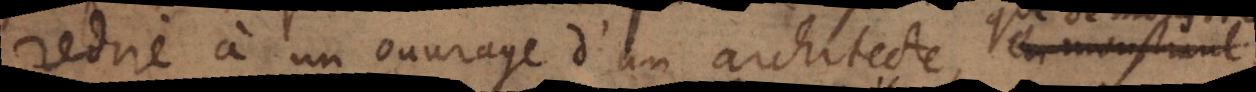
redire à un ouvrage d’un architecte en monstrant